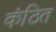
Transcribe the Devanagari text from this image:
कंठित